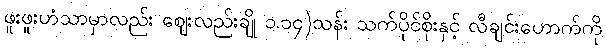
ဖူးဖူးဟံသာမှာလည်း ဈေးလည်းချို ၁.၁၄)သန်း သက်ပိုင်စိုးနှင့် လီချင်းဟောက်ကို